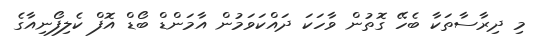
މި ދިރާސާތަކާ ބެހޭ ގޮތުން ވާހަކަ ދައްކަވަމުން އާމަންޑް ބޯޑް އޮފް ކެލިފޯނިއާގެ